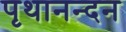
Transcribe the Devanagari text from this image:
पृथानन्दन